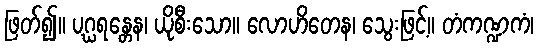
ဖြတ်၍။ ပဂ္ဃရန္တေန၊ ယိုစီးသော။ လောဟိတေန၊ သွေးဖြင့်။ တံကဏ္ဍကံ၊